Scottish Leaving Certificate Examination, 1956
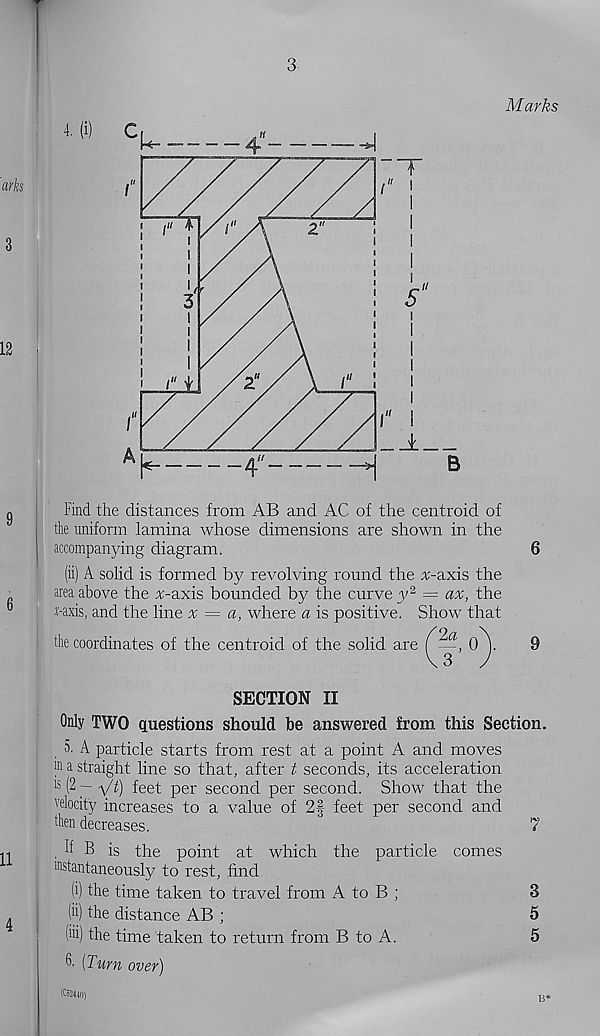
3
Marks
4. (i)
C
—
'4-
—~ "■*■1
A
"T
a
5
a
K
4''
H
B
Find the distances from AB and AC of the centroid of
the uniform lamina whose dimensions are shown in the
accompanying diagram.
6
(ii) A solid is formed by revolving round the cr-axis the
area above the ^-axis bounded by the curve y 2 = ax, the
•t-axis, and the line x = a, where a is positive. Show that
the coordinates of the centroid of the solid are
9
SECTION II
Only TWO questions should be answered from this Section.
5. A particle starts from rest at a point A and moves
ffi a straight line so that, after t seconds, its acceleration
15 (2 — yt) feet per second per second. Show that the
velocity increases to a value of 2§ feet per second and
ben decreases.
7
.KB is the point at which the particle comes
mstantaneously to rest, find
(i) the time taken to travel from A to B ;
(ii) the distance AB ;
(iii) the time taken to return from B to A.
^ [Turn over)
B*
eo